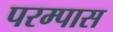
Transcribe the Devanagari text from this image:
परम्पास